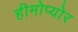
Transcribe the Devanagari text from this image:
हीमोप्योर